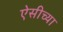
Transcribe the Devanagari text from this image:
ऐसीच्या